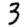
Digit: 3